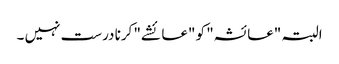
البتہ "عائشہ" کو "عائشے" کرنا درست نہیں ۔